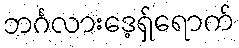
ဘင်္ဂလားဒေ့ရှ်ရောက်